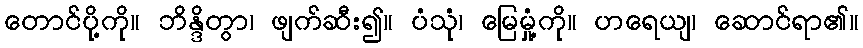
တောင်ပို့ကို။ ဘိန္ဒိတွာ၊ ဖျက်ဆီး၍။ ပံသုံ၊ မြေမှုံ့ကို။ ဟရေယျ၊ ဆောင်ရာ၏။